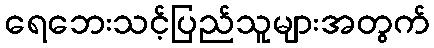
ရေဘေးသင့်ပြည်သူများအတွက်